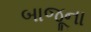
બાજૂના